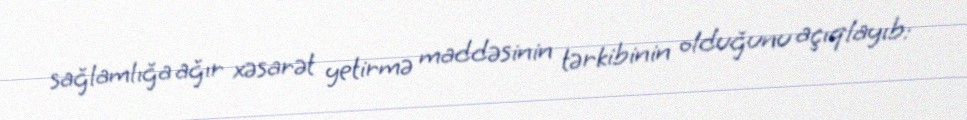
sağlamlığa ağır xəsarət yetirmə maddəsinin tərkibinin olduğunu açıqlayıb: